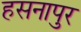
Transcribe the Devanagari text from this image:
हसनापुर